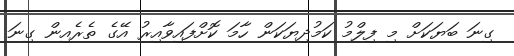
ގިނަ ބަޔަކަށް މި ފިލްމު ކަމުދިޔަކަން ހާމަ ކޮށްފައިވާއިރު އޭގެ ތެރެއިން ގިނަ